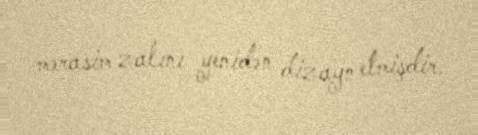
mərasim zalını yenidən dizayn etmişdir.